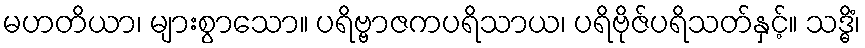
မဟတိယာ၊ များစွာသော။ ပရိဗ္ဗာဇကပရိသာယ၊ ပရိဗိုဇ်ပရိသတ်နှင့်။ သဒ္ဓိံ၊